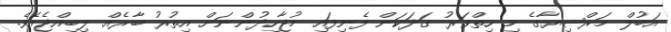
އަބުލް މަރްޟިޔާގެ މި ހިތްވަރު ގަދަކަން ފެނިފައި މުޖާހިދުންނަށް އިތުރު ބާރެއް ލިބިއްޖެއެވެ.